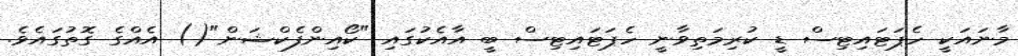
މާނައަކީ ހެޕަޓައިޓިސް ޑީ ކުރިމަތިވާނީ ހެޕަޓައިޓިސް ބީ އާއެކުގައި "ކޯއިންފެކްޝަން"() އެއްގެ ގޮތުގައެވެ.